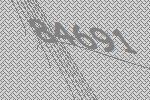
84691